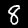
Label: 8